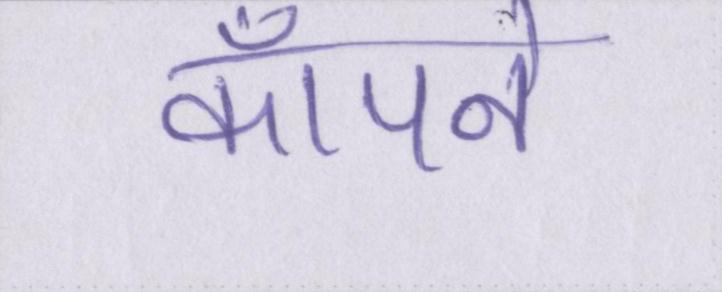
कॉँपने